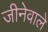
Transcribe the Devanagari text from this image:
जीनेवाले